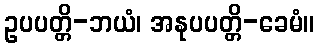
ဥပပတ္တိ-ဘယံ၊ အနုပပတ္တိ-ခေမံ။